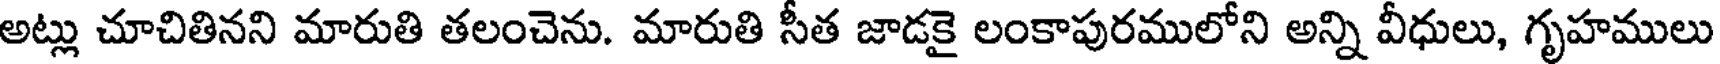
అట్లు చూచితినని మారుతి తలంచెను. మారుతి సీత జాడకై లంకాపురములోని అన్ని వీధులు, గృహములు